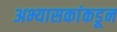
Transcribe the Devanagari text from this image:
अभ्यासकांकडून